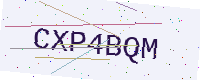
Text: CXP4BQM